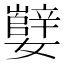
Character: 𫲕